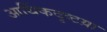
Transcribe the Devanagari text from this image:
आर्थिकदृष्टय़ा